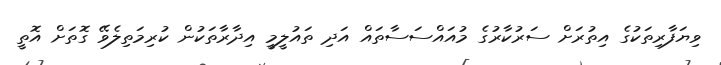
ވިޔަފާރިތަކުގެ އިތުރަށް ސަރުކާރުގެ މުއައްސަސާތައް އަދި ތައުލީމީ އިދާރާތަކުން ކުރިމަތިލެވޭ ގޮތަށް އޮތީ